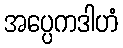
အပ္ပေကဒါဟံ